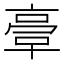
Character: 𠆀